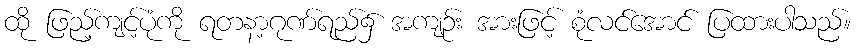
ထို ဖြည့်ကျင့်ပုံကို ရတနာ့ဂုဏ်ရည်၌ အကျဉ်း အားဖြင့် စုံလင်အောင် ပြထားပါသည်။